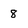
Character: 8